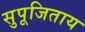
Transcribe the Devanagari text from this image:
सुपूजिताय